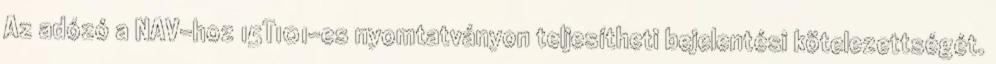
Az adózó a NAV-hoz 15T101-es nyomtatványon teljesítheti bejelentési kötelezettségét.